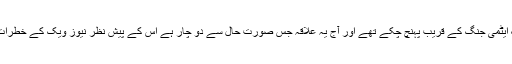
ماضی میں بھی برصغیر کے یہ دونوں متحارب ملک ایٹمی جنگ کے قریب پہنچ چکے تھے اور آج یہ علاقہ جس صورت حال سے دو چار ہے اس کے پیش نظر نیوز ویک کے خطرات کو فرض یا اندیشہ ہائے دور دراز نہیں کہا جا سکتا۔